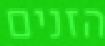
הזנים